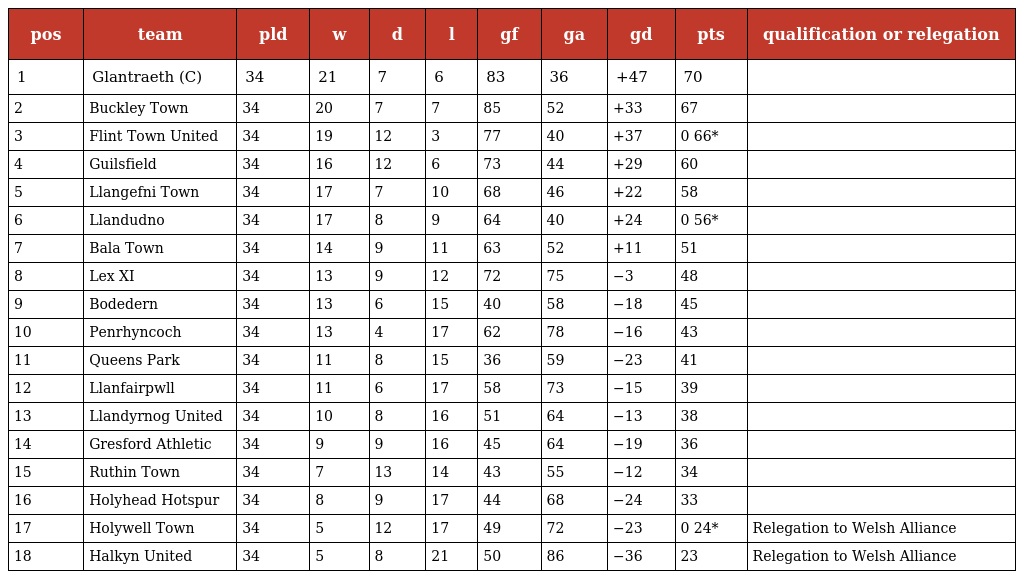
| pos | team | pld | w | d | l | gf | ga | gd | pts | qualification or relegation |
 | --- | --- | --- | --- | --- | --- | --- | --- | --- | --- | --- |
 | 1 | Glantraeth (C) | 34 | 21 | 7 | 6 | 83 | 36 | +47 | 70 |  |
 | 2 | Buckley Town | 34 | 20 | 7 | 7 | 85 | 52 | +33 | 67 |  |
 | 3 | Flint Town United | 34 | 19 | 12 | 3 | 77 | 40 | +37 | 0 66* |  |
 | 4 | Guilsfield | 34 | 16 | 12 | 6 | 73 | 44 | +29 | 60 |  |
 | 5 | Llangefni Town | 34 | 17 | 7 | 10 | 68 | 46 | +22 | 58 |  |
 | 6 | Llandudno | 34 | 17 | 8 | 9 | 64 | 40 | +24 | 0 56* |  |
 | 7 | Bala Town | 34 | 14 | 9 | 11 | 63 | 52 | +11 | 51 |  |
 | 8 | Lex XI | 34 | 13 | 9 | 12 | 72 | 75 | −3 | 48 |  |
 | 9 | Bodedern | 34 | 13 | 6 | 15 | 40 | 58 | −18 | 45 |  |
 | 10 | Penrhyncoch | 34 | 13 | 4 | 17 | 62 | 78 | −16 | 43 |  |
 | 11 | Queens Park | 34 | 11 | 8 | 15 | 36 | 59 | −23 | 41 |  |
 | 12 | Llanfairpwll | 34 | 11 | 6 | 17 | 58 | 73 | −15 | 39 |  |
 | 13 | Llandyrnog United | 34 | 10 | 8 | 16 | 51 | 64 | −13 | 38 |  |
 | 14 | Gresford Athletic | 34 | 9 | 9 | 16 | 45 | 64 | −19 | 36 |  |
 | 15 | Ruthin Town | 34 | 7 | 13 | 14 | 43 | 55 | −12 | 34 |  |
 | 16 | Holyhead Hotspur | 34 | 8 | 9 | 17 | 44 | 68 | −24 | 33 |  |
 | 17 | Holywell Town | 34 | 5 | 12 | 17 | 49 | 72 | −23 | 0 24* | Relegation to Welsh Alliance |
 | 18 | Halkyn United | 34 | 5 | 8 | 21 | 50 | 86 | −36 | 23 | Relegation to Welsh Alliance |